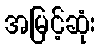
အမြင့်ဆုံး